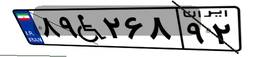
۸۹W۲۶۸۹۲